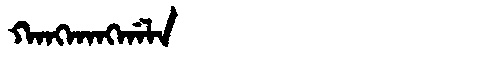
Manchu: ᡴᠠᠩᡴᠠᠩᡤᠠᠯᠠ
Romanization: KANGKANGGALA